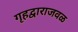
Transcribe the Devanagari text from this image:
गृहद्वाराजवळ